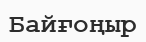
Байғоңыр